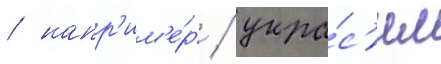
/ напр'им'е́р / укра́с'ил